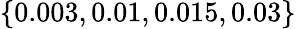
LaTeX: \left\lbrace 0.003,0.01,0.015,0.03\right\rbrace